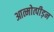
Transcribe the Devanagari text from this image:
आत्मोत्पीड़न